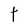
Character: t